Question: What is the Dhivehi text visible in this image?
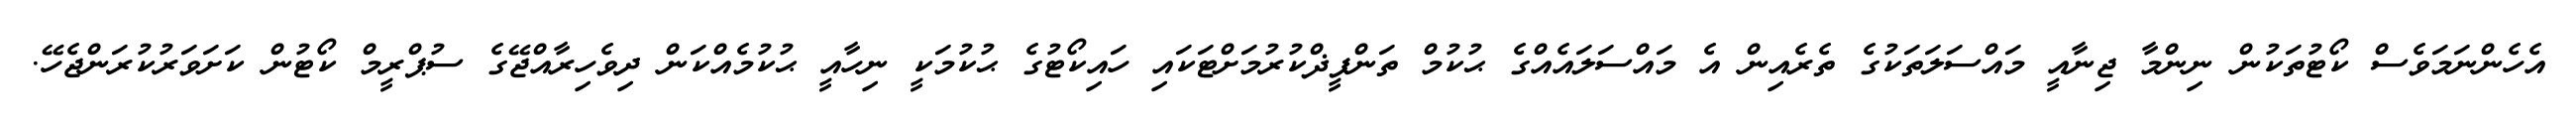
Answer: އެހެންނަމަވެސް ކޯޓުތަކުން ނިންމާ ޖިނާއީ މައްސަލަތަކުގެ ތެރެއިން އެ މައްސަލައެއްގެ ޙުކުމް ތަންފީޛްކުރުމަށްޓަކައި ހައިކޯޓުގެ ޙުކުމަކީ ނިހާއީ ޙުކުމެއްކަން ދިވެހިރާއްޖޭގެ ސުޕްރީމް ކޯޓުން ކަށަވަރުކުރަންޖެހޭ.